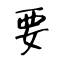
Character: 要